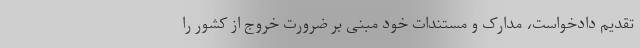
تقدیم دادخواست، مدارک و مستندات خود مبنی بر ضرورت خروج از کشور را